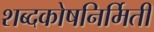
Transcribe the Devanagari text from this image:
शब्दकोषनिर्मिती